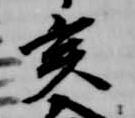
亥